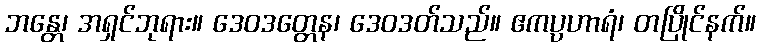
ဘန္တေ၊ အရှင်ဘုရား။ ဒေဝဒတ္တေန၊ ဒေဝဒတ်သည်။ ဧကပ္ပဟာရံ၊ တပြိုင်နက်။